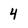
Character: 4